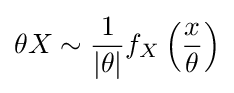
\theta X\sim {\frac {1}{|\theta |}}f_{X}\left({\frac {x}{\theta }}\right)